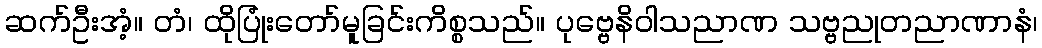
ဆက်ဦးအံ့။ တံ၊ ထိုပြုံးတော်မူခြင်းကိစ္စသည်။ ပုဗ္ဗေနိဝါသညာဏ သဗ္ဗညုတညာဏာနံ၊